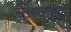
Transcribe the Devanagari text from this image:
कोकोदा